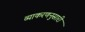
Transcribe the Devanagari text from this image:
व्याकरणनुसारी